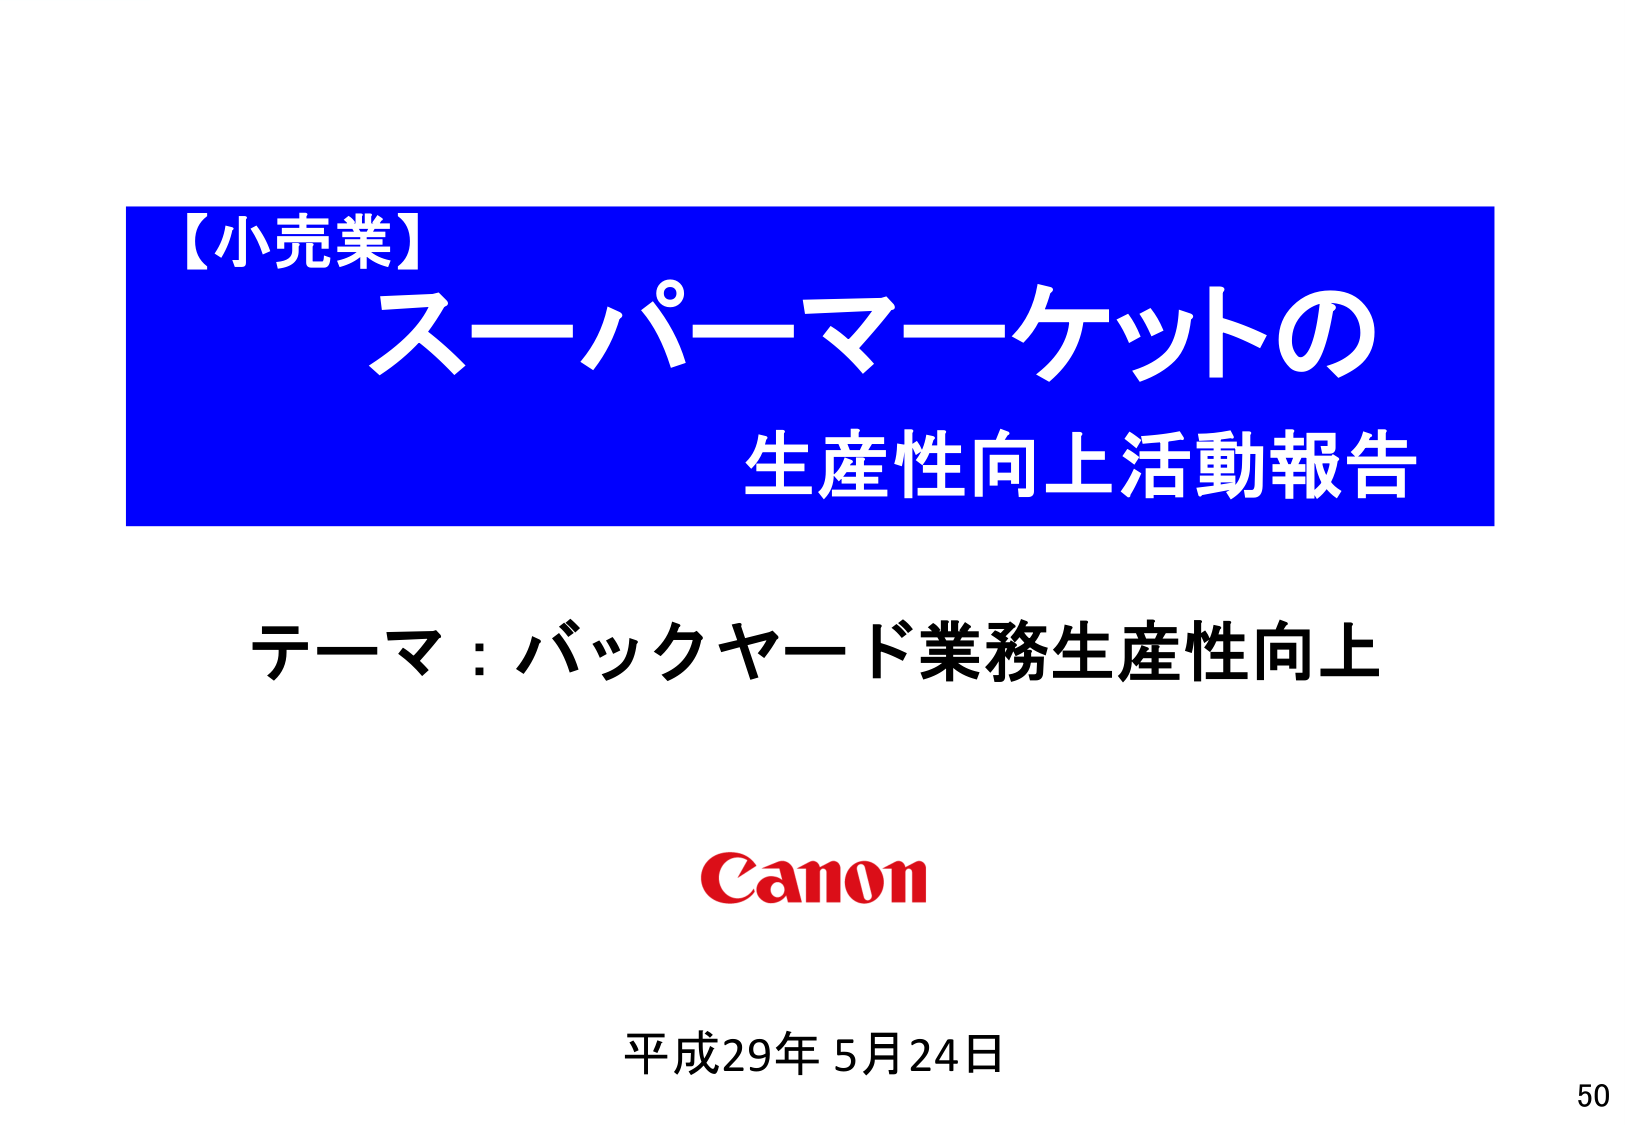
【小売業】
スーパーマーケットの
生産性向上活動報告
テーマ：バックヤード業務生産性向上
Canon
平成29年5月24日
50